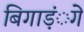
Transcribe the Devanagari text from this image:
बिगाड़ंेगे